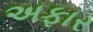
અફાર